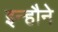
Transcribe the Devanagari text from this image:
इन्हौने